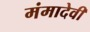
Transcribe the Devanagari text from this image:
मंमादेवी